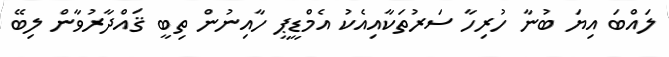
ލައްބަ އިޔަ ބުނާ ހުރިހާ ސަރުތަކާއިއެކު އެމްޑީޕީ ހާއިނުން ތިބީ ޤައްދާރުވާން ލިބޭ